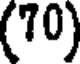
(70)